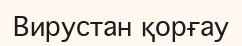
Вирустан қорғау